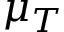
\mu _ { T }